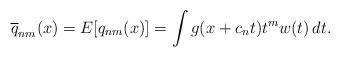
LaTeX: \begin{align*}\overline q_{nm}(x) = E[q_{nm}(x)] = \int g(x+c_n t) t^m w(t)\,dt.\end{align*}